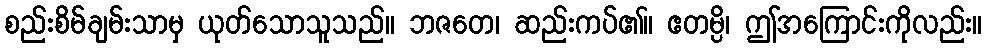
စည်းစိမ်ချမ်းသာမှ ယုတ်သောသူသည်။ ဘဇတေ၊ ဆည်းကပ်၏။ ဧတမ္ပိ၊ ဤအကြောင်းကိုလည်း။